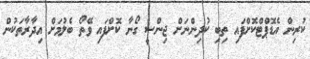
ކުރިން އެޑޮޕްޓްކޮށްފައި ތިބި ކުދިންނަށް ޖިންސީ ގޯނާ ކޮށްފައި ވޭތޯ ބެލުމަށް އިދާރާތަކުން